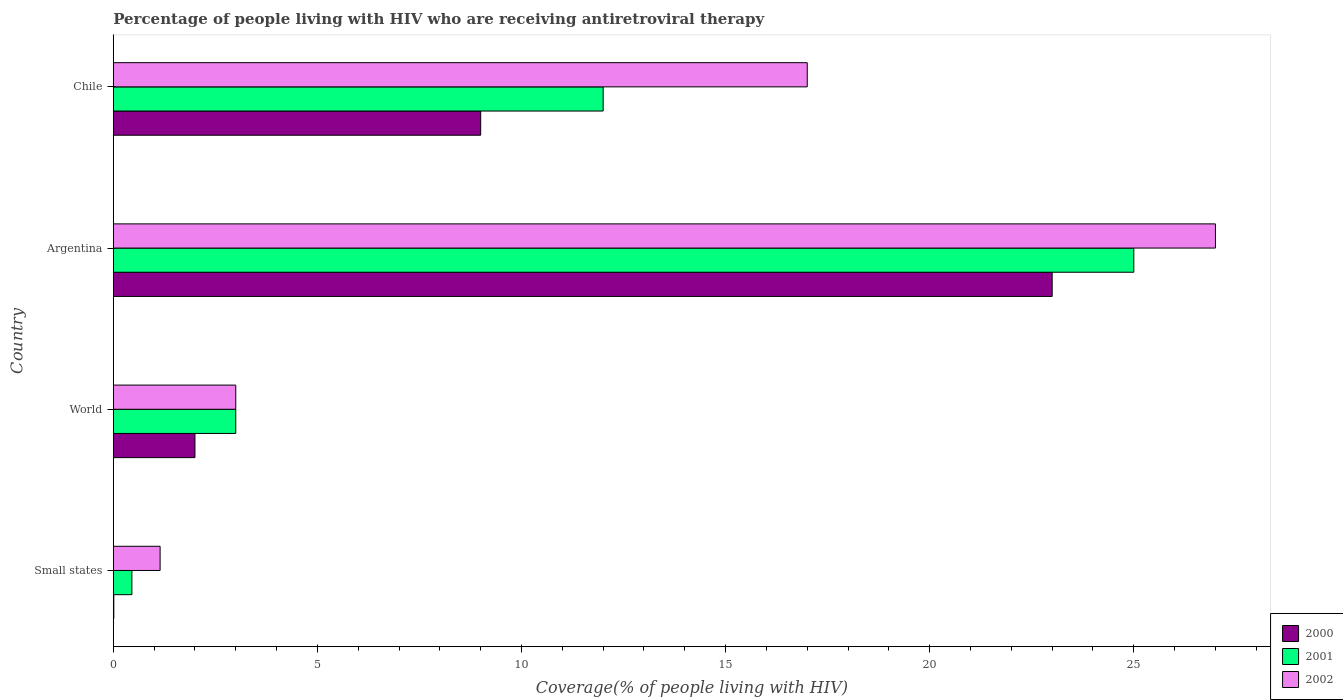
| Country | 2000 | 2001 | 2002 |
 | --- | --- | --- | --- |
 | Small states | 0.0124 | 0.455 | 1.15 |
 | World | 2 | 3 | 3 |
 | Argentina | 23 | 25 | 27 |
 | Chile | 9 | 12 | 17 |